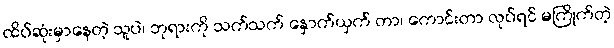
ထိပ်ဆုံးမှာနေတဲ့ သူပဲ၊ ဘုရားကို သက်သက် နှောက်ယှက် တာ၊ ကောင်းတာ လုပ်ရင် မကြိုက်တဲ့